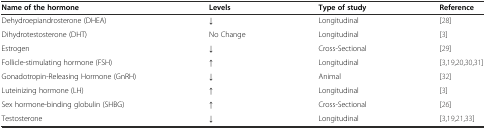
| Name of the hormone | Levels | Type of study | Reference |
 | --- | --- | --- | --- |
 | Dehydroepiandrosterone (DHEA) | ↓ | Longitudinal | [28] |
 | Dihydrotestosterone (DHT) | No Change | Longitudinal | [3] |
 | Estrogen | ↓ | Cross-Sectional | [29] |
 | Follicle-stimulating hormone (FSH) | ↑ | Longitudinal | [3,19,20,30,31] |
 | Gonadotropin-Releasing Hormone (GnRH) | ↓ | Animal | [32] |
 | Luteinizing hormone (LH) | ↑ | Longitudinal | [3] |
 | Sex hormone-binding globulin (SHBG) | ↑ | Cross-Sectional | [26] |
 | Testosterone | ↓ | Longitudinal | [3,19,21,33] |